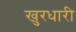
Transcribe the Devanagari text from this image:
खुरधारी